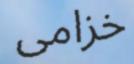
خزامى